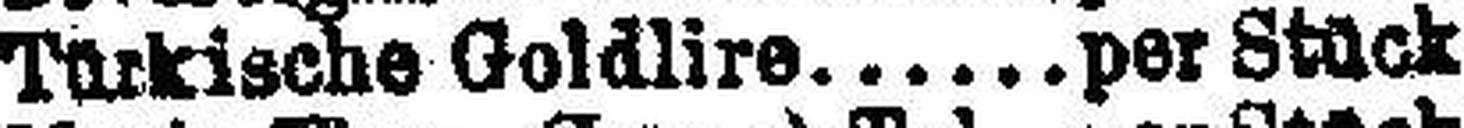
Türkische Goldlire.per Stück